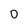
Character: 0